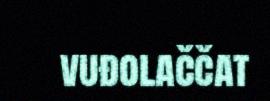
vuđolaččat